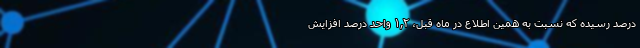
درصد رسیده که نسبت به همین اطلاع در ماه قبل، ١,٢ واحد درصد افزایش